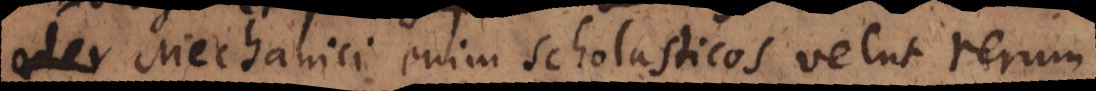
oder Mechanici enim Scholasticos velut rerum